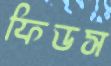
ফিডস